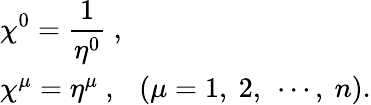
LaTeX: \begin{array}{l}{{\displaystyle\chi^{0}=\frac{1}{\eta^{0}}~,}}\\ {{\chi^{\mu}=\eta^{\mu}~,~~~(\mu=1,~2,~\cdots,~n).}}\end{array}